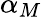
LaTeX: \alpha_{M}